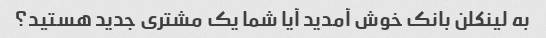
به لینکلن بانک خوش آمدید آیا شما یک مشتری جدید هستید؟